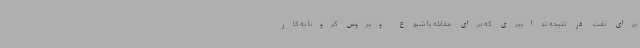
برای نفت در نتیجه تدابیری که برای مقابله با شیوع ویروس کرونا به کار